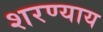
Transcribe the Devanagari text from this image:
शरण्याय